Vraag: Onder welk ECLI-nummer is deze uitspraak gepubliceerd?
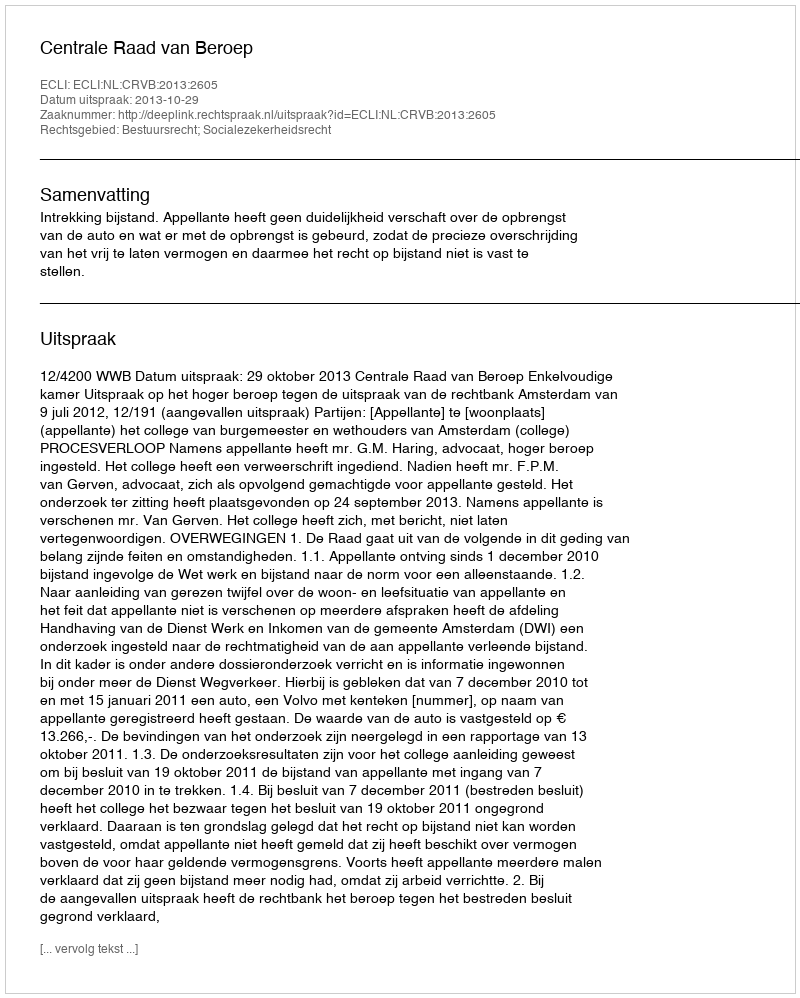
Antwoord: ECLI:NL:CRVB:2013:2605